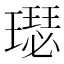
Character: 璱